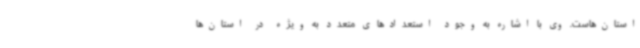
استان‌هاست. وی با اشاره به وجود استعدادهای متعدد به ویژه در استان‌ها